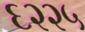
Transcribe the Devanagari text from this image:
६२२५